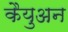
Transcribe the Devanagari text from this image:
कैयुअन